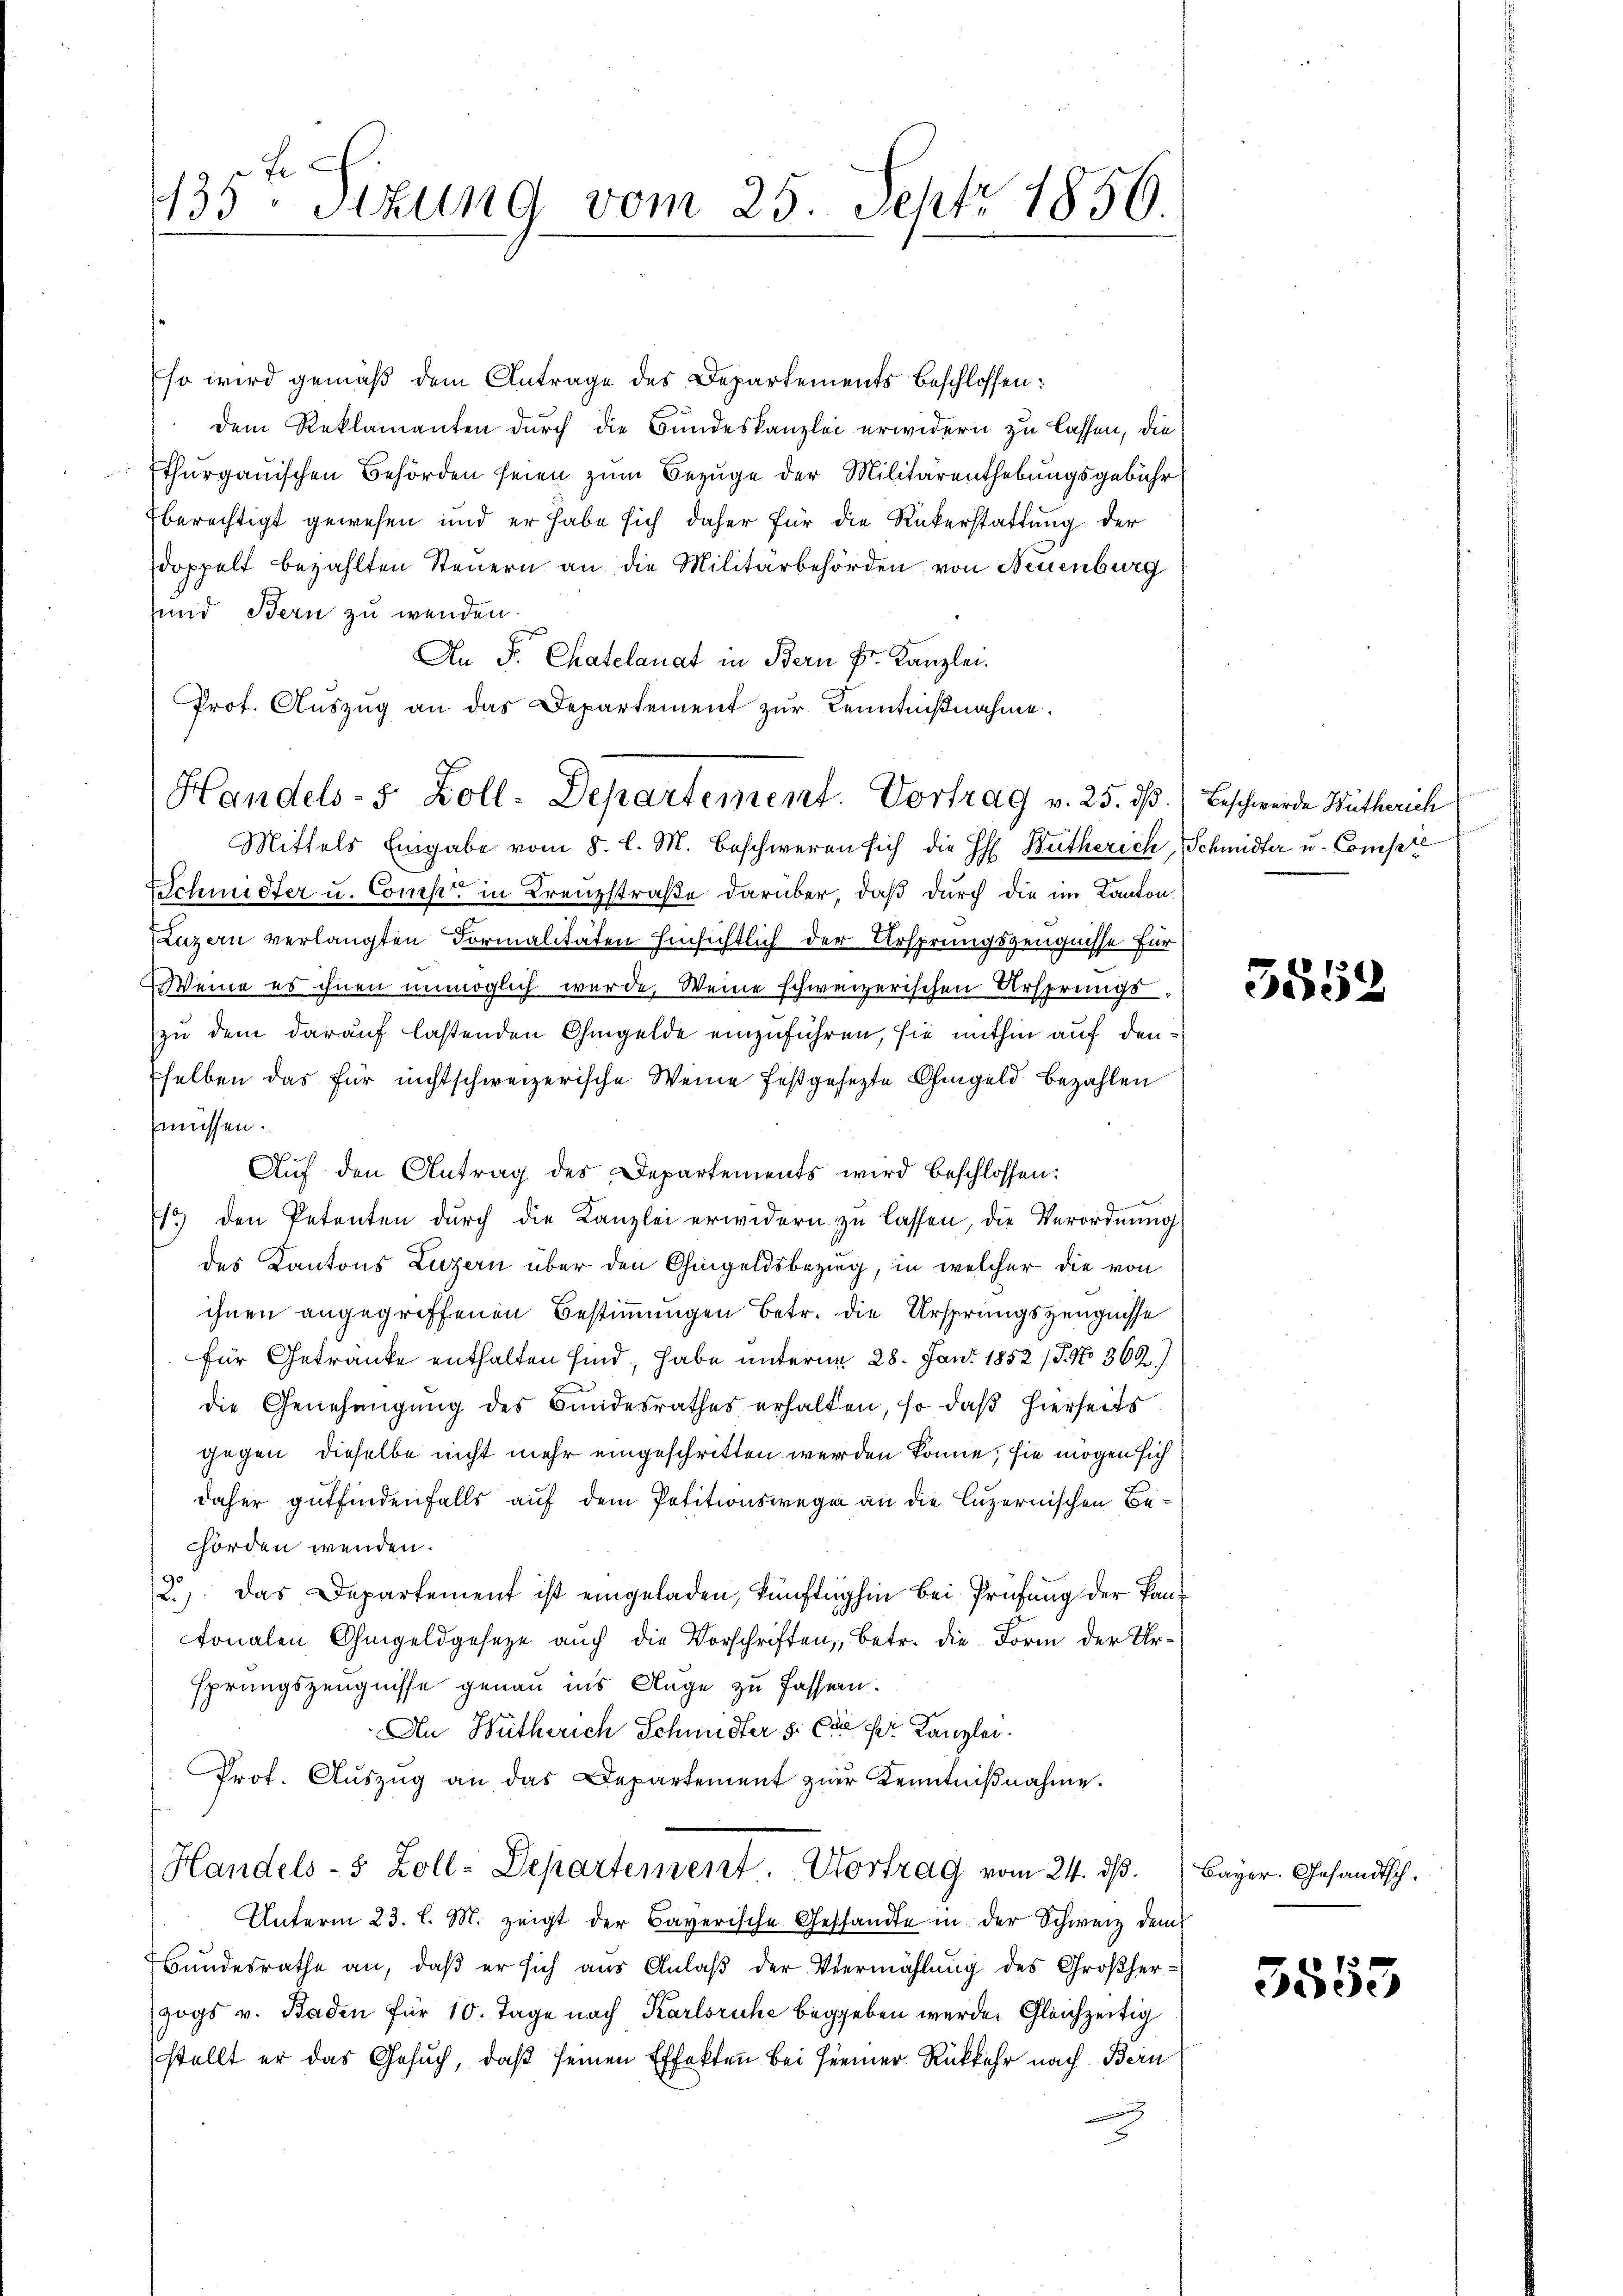
so wird gemäß dem Antrage des Departements beschlossen:
dem Reklamanten durch die Bundeskanzlei erwidern zu lassen, die
thurgauischen Behörden seien zum Bezuge der Militärenthebungsgebühr
Eberechtigt gewesen und er habe sich daher für die Rükerstattung der
doppelt bezahlten Steuern an die Militärbehörden von Neuenburg
und Bern zu wenden.
An F. Chatelanat in Bern Fr. Kanzlei.
Prot. Aŭszŭg an das Departement zŭr Kenntnißnahme.
Mittels Eingabe vom 8. l. M. beschweren sich die HH Bütherich, Schmidter u. Compte
Schmidter u. Comp. in Krenzstraße darüber, daß durch die im Kanton
Luzern verlangten Formalitäten hinsichtlich der Ursprungszeugnisse für
Weine es ihnen unmöglich wurde, Weine schweizerischen Ursprungszu dem darauf lastenden Ohmgelde einzuführen, sie mithin auf denselben das für nichtschweizerische Weine festgesezte Ohmgeld bezahlen
müssen.
d
Aŭf den Antrag des Departements wird beschlossen:
1) den Petenten durch die Kanzlei erwidern zu lassen, die Verordnung
des Kantons Luzern über den Chingeldsbezug, in welcher die von
ihnen angegriffenen Bestimmungen betr. die Ursprungszeugnisse
für Getränke enthalten sind, habe unterm 28. Juni 1852 /5. No 362./
die Genehmigung des Bundesrathes erhalten, so daß hierseits
gegen dieselbe nicht mehr eingeschritten werden könne; sie mögen sich
daher gutfindenfalls auf dem Petitionswegen an die Luzernischen Behorden wenden.
2.) Das Departement ist eingeladen, künftighin bei Prüfung der Pantonalen Ohmgeldgesetze auch die Vorschriften, betr. die Form der Ursprungszeugnisse genau ins Auge zu fassen.
An Wütherich Schmidter 5. Die der Kanzlei.
Prot. Aŭszŭg an das Departement zŭr Kenntniβnahme.
Handels- 5 Zoll-Departement. Vortrag vom 24. dß.
Unterm 23. l. M. zeigt der Bayerische Geschändte in der Schweiz dem
Bŭndesrathe an, daβ er sich aus Anlaβ der Vermählung des Großherzogs v. Baden für 10. Tage nach Karlsruhe begeben werde. Gleichzeitig
stellt er das Gesuch, daß seinen Effekten bei Hermer Rückkehr nach Bern
x

F
135. Sitzung vom 25. Sept. 1856.

Handels- 5 Zoll. Departement. Vortrag v. 25. dß. Beschwerde Wütherich

5552

Bayer. Gesandtsch.

und s
3öge